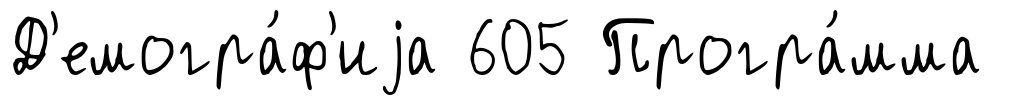
Д'емогра́ф'иjа 605 Програ́мма